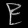
Digit: ၉